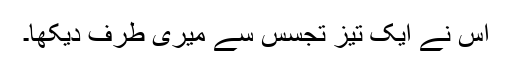
اس نے ایک تیز تجسس سے میری طرف دیکھا۔